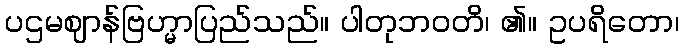
ပဌမဈာန်ဗြဟ္မာပြည်သည်။ ပါတုဘဝတိ၊ ၏။ ဥပရိတော၊